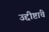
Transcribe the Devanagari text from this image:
उद्दीष्टांचे